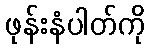
ဖုန်းနံပါတ်ကို